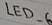
Text: LED_6